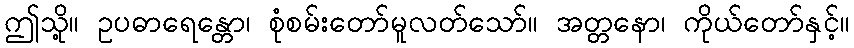
ဤသို့။ ဥပဓာရေန္တော၊ စုံစမ်းတော်မူလတ်သော်။ အတ္တနော၊ ကိုယ်တော်နှင့်။